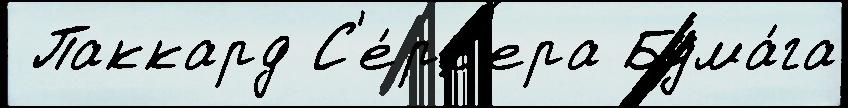
 Паккард С'е́рв'ера Бума́га